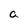
Character: a